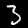
Digit: 3